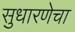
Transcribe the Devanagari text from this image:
सुधारणेचा